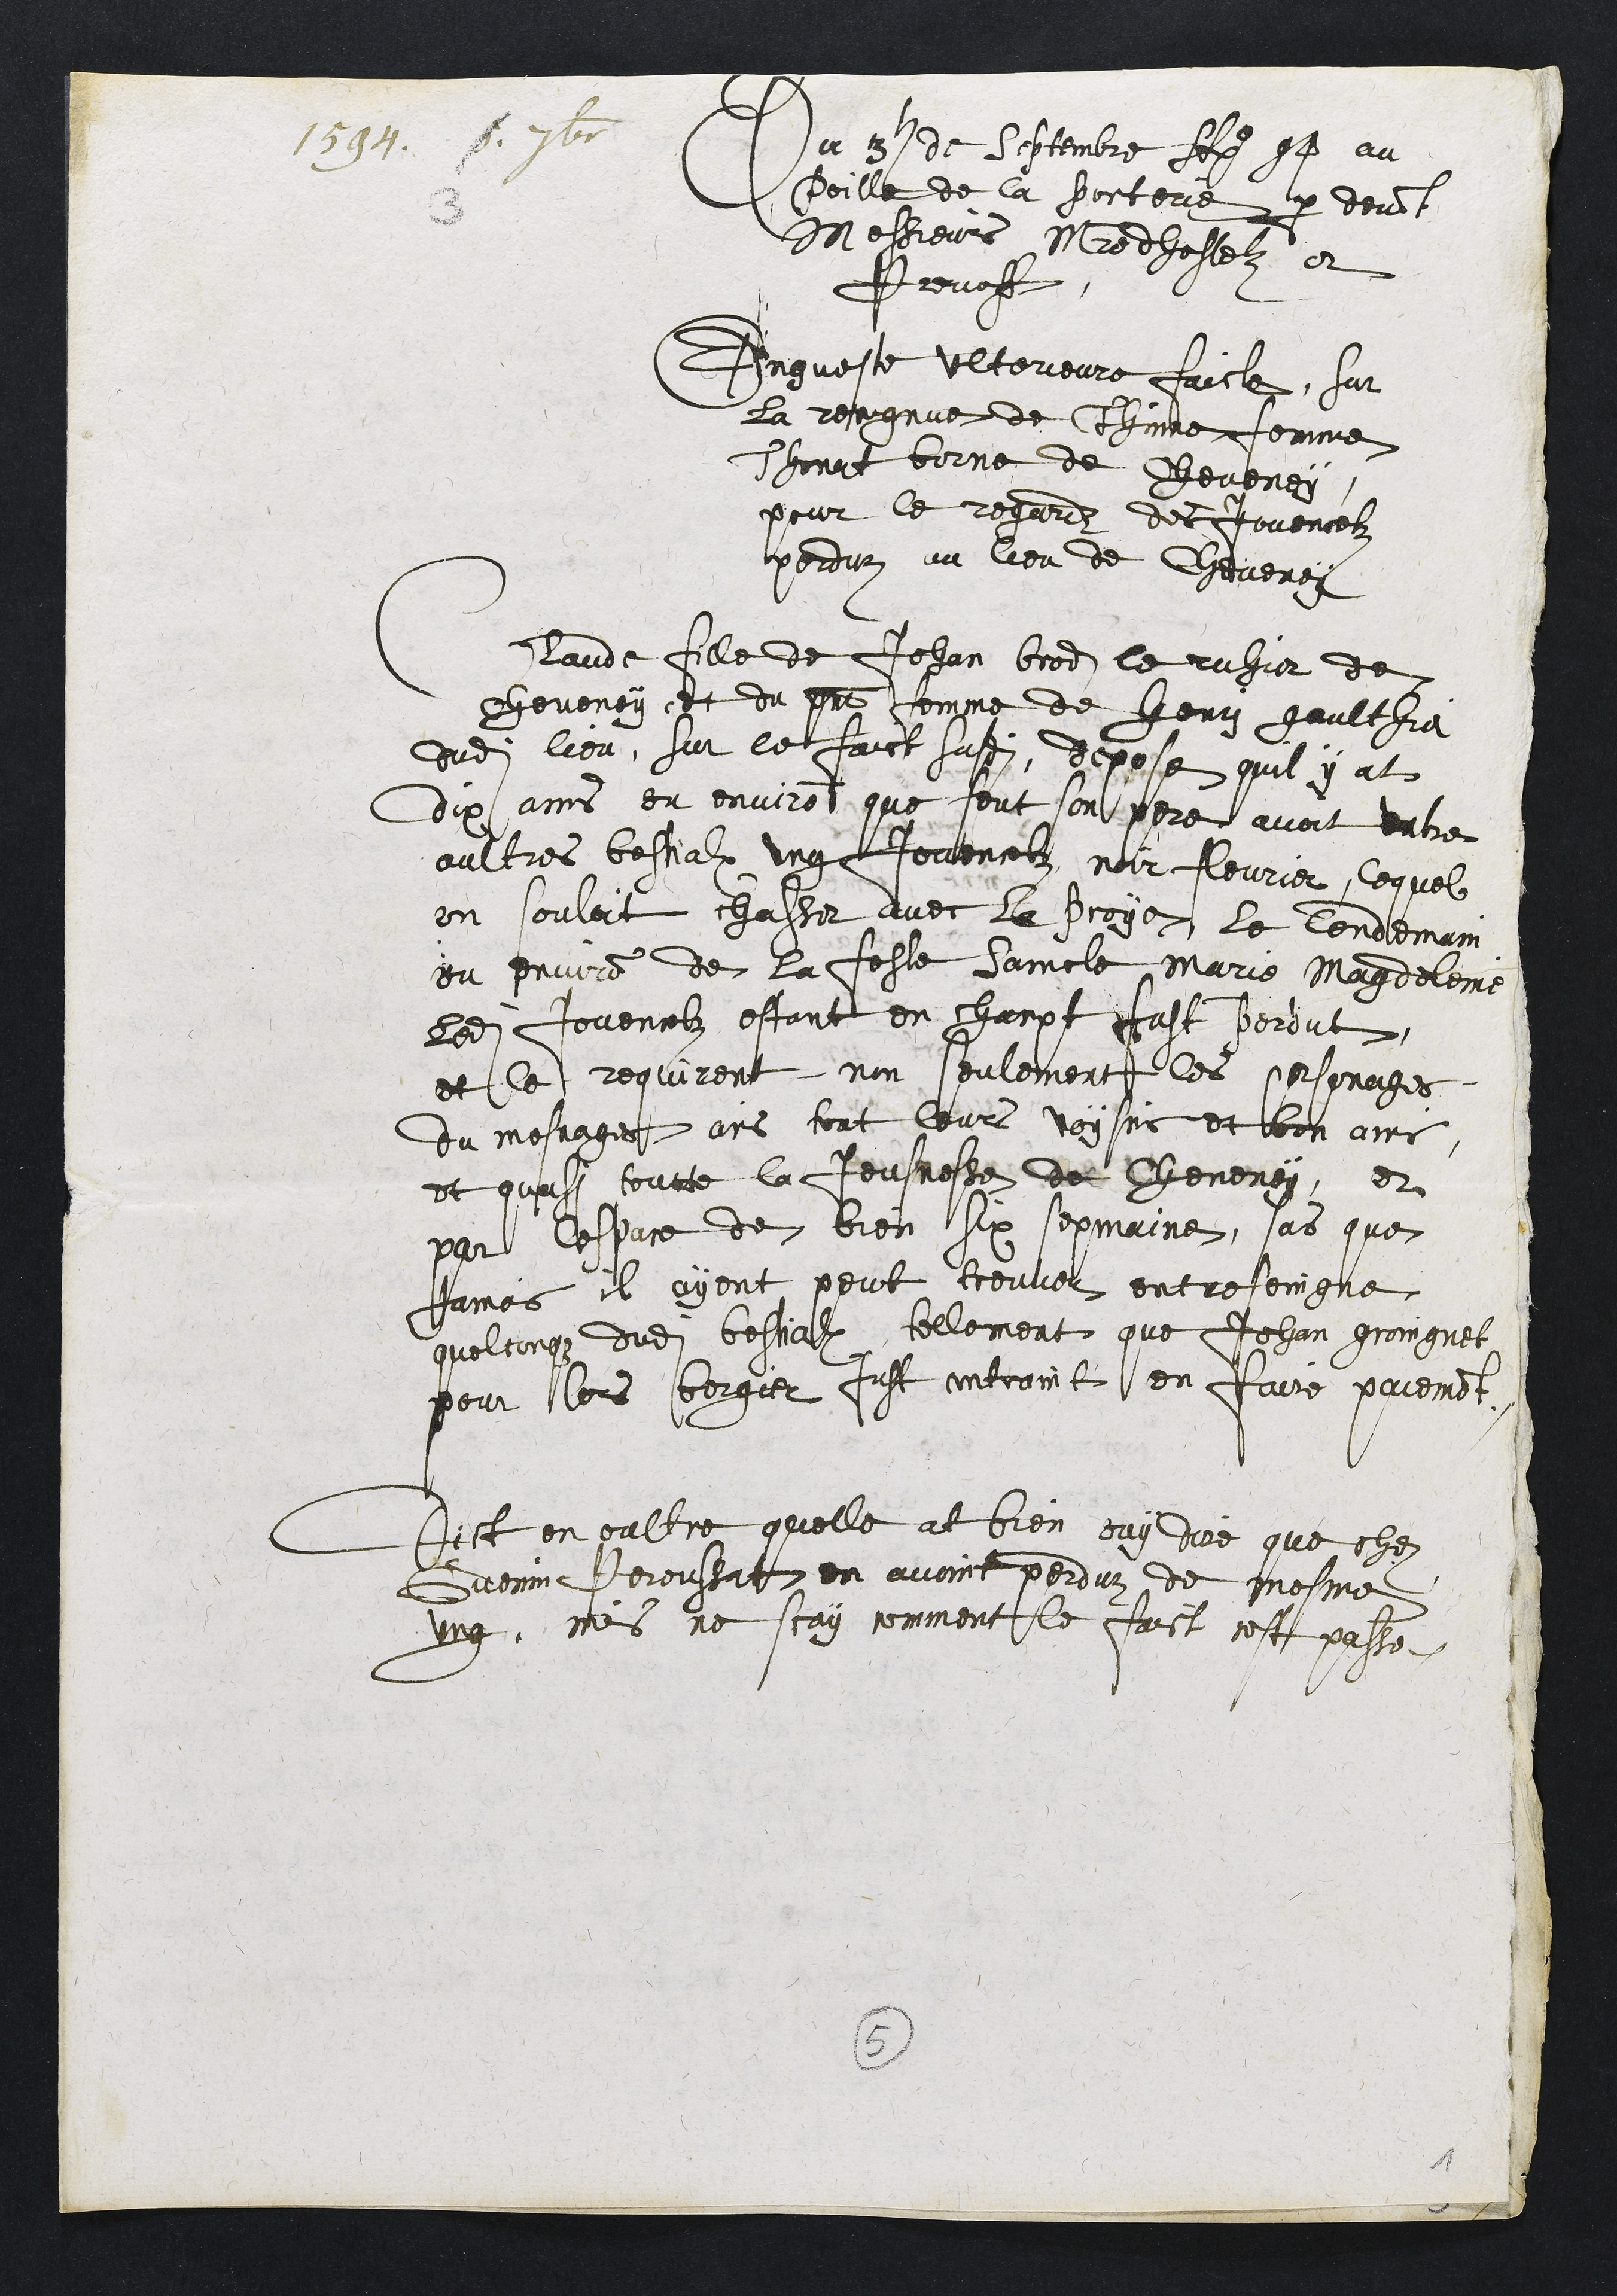
1594. 5.
3
7bre
Du 3e de Septembre Ao 94 au
Poille de la porterie par devant
Messieurs Maistre dhostelz et
Prevost.
Enqueste ulterieure faicte, sur
la recognue de Thinne femme
Thonat borne de Cheveney
pour le regardz des Jovencelz
perduz au lieu de Cheveney
Claude fille de Jehan brod le ruhier de
cheveney, et du present femme de Henry Gaulthier
dudit lieu, sur le faict susdit, depose quil y at
dix ans ou environ que feut son pere avoit entre
aultres bestialx ung Jovencelz noir fleurier, lequel
on souloit chasser avec la Proye, le lendemain
ou environ de la feste Saincte Marie Magdeleine
ledit Jovencelz estant en champt fust perdut
et le requirent non seulement les personages
du mesnage ains tout leurs voysins et bon amis
et quasi toutte la jeusnesse de Cheveney, et
par lespace de bien six sepmaine, sans que
Jamais il ayent peut trouver entreseingne
quelconque dudit bestialx, tellement que Jehan groingnet
pour lors bergier fust contraint en faire paiement.
Dict en oultre quelle at bien ouy dire que chez
Guenin Peroussat en avoint perduz de mesme
ung, mais ne scay comment le faict cest passe.
5
1